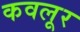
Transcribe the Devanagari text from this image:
कवलूर